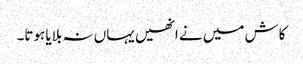
کاش میں نے انھیں یہاں نہ بلایا ہوتا۔